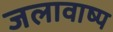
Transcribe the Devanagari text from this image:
जलावाष्प